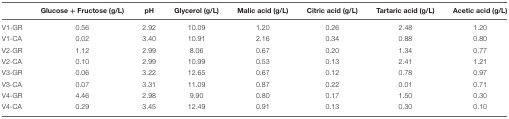
|  | Glucose + Fructose (g/L) | pH | Glycerol (g/L) | Malic acid (g/L) | Citric acid (g/L) | Tartaric acid (g/L) | Acetic acid (g/L) |
 | --- | --- | --- | --- | --- | --- | --- | --- |
 | V1-GR | 0.56 | 2.92 | 10.09 | 1.20 | 0.26 | 2.48 | 1.20 |
 | V1-CA | 0.02 | 3.40 | 10.91 | 2.16 | 0.34 | 0.88 | 0.80 |
 | V2-GR | 1.12 | 2.99 | 8.06 | 0.67 | 0.20 | 1.34 | 0.77 |
 | V2-CA | 0.10 | 2.99 | 10.99 | 0.53 | 0.13 | 2.41 | 1.21 |
 | V3-GR | 0.06 | 3.22 | 12.65 | 0.67 | 0.12 | 0.78 | 0.97 |
 | V3-CA | 0.07 | 3.31 | 11.09 | 0.87 | 0.22 | 0.01 | 0.71 |
 | V4-GR | 4.46 | 2.98 | 9.90 | 0.80 | 0.17 | 1.50 | 0.30 |
 | V4-CA | 0.29 | 3.45 | 12.49 | 0.91 | 0.13 | 0.30 | 0.10 |